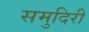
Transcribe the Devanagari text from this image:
समुदिरी